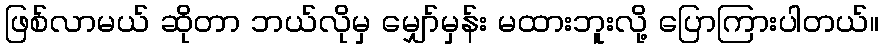
ဖြစ်လာမယ် ဆိုတာ ဘယ်လိုမှ မျှော်မှန်း မထားဘူးလို့ ပြောကြားပါတယ်။